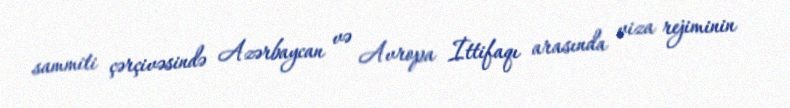
sammiti çərçivəsində Azərbaycan və Avropa İttifaqı arasında viza rejiminin